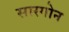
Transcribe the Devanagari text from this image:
सारगोन